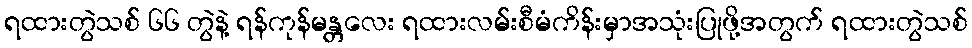
ရထားတွဲသစ် ၆၆ တွဲနဲ့ ရန်ကုန်မန္တလေး ရထားလမ်းစီမံကိန်းမှာအသုံးပြုဖို့အတွက် ရထားတွဲသစ်